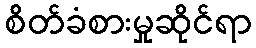
စိတ်ခံစားမှုဆိုင်ရာ